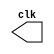
// ------------------------- 
// Exemplo0042 - CLOCK 
// Nome: Guilherme Andrade Salum Terra 
// ------------------------- 

// --------------------------- 
// -- test clock generator (2) 
// --------------------------- 

module clock ( clk ); 
output clk; 
reg clk; 

initial 
begin 
clk = 1'b0; 
end 

always 
begin 
#12 clk = ~clk; 
end 
endmodule 

module pulse ( signal, clock ); 
input clock; 
output signal; 
reg signal; 

always @ ( clock ) 
begin 
	signal = 1'b1; 
#3 signal = 1'b0; 
#3 signal = 1'b1; 
#3 signal = 1'b0; 
end 
endmodule // pulse 

module trigger ( signal, on, clock ); 
input on, clock; 
output signal; 
reg signal; 

always @ ( posedge clock & on ) 
begin 
#60 signal = 1'b1; 
#60 signal = 1'b0; 
end 
endmodule // trigger 

module Exemplo0042; 

wire clock; 
clock clk ( clock ); 

reg p; 

wire p1,t1; 

pulse pulse1 ( p1, clock ); 
trigger trigger1 ( t1, p, clock ); 

initial begin 
p = 1'b0; 
end 

initial begin 
$dumpfile ( "Exemplo0042.vcd" ); 
$dumpvars ( 1, clock, p1, p, t1 ); 

#060 p = 1'b1; 
#120 p = 1'b0; 
#180 p = 1'b1; 
#240 p = 1'b0; 
#300 p = 1'b1; 
#360 p = 1'b0; 
#376 $finish; 
end 

endmodule // Exemplo0042